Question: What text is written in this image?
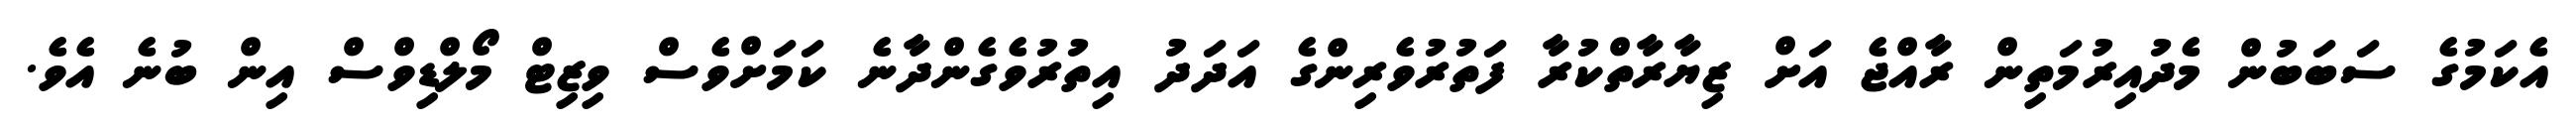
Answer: އެކަމުގެ ސަބަބުން މެދުއިރުމަތިން ރާއްޖެ އަށް ޒިޔާރާތްކުރާ ފަތުރުވެރިންގެ އަދަދު އިތުރުވެގެންދާނެ ކަމަށްވެސް ވިޒިޓް މޯލްޑިވްސް އިން ބުނެ އެވެ.